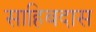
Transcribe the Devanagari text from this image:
साहिबदास